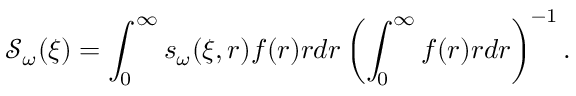
\mathcal { S } _ { \omega } ( \xi ) = \int _ { 0 } ^ { \infty } s _ { \omega } ( \xi , r ) f ( r ) r d r \left( \int _ { 0 } ^ { \infty } f ( r ) r d r \right) ^ { - 1 } .